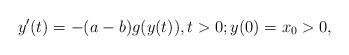
LaTeX: \begin{align*} y'(t)=-(a-b)g(y(t)), t>0; y(0)=x_0>0,\end{align*}